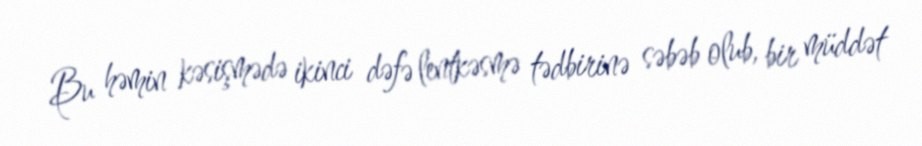
Bu həmin kəsişmədə ikinci dəfə lentkəsmə tədbirinə səbəb olub, bir müddət